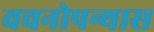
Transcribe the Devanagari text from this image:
वचनोपन्यास